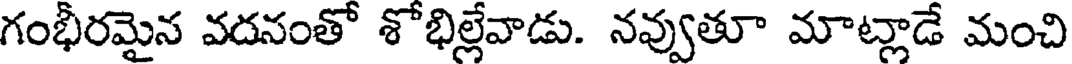
గంభీరమైన వదనంతో శోభిల్లేవాడు. నవ్వుతూ మాట్లాడే మంచి